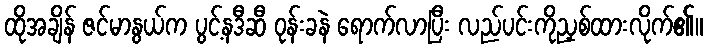
ထိုအချိန် ဇင်မာနွယ်က ပွင့်နဒီဆီ ဝုန်းခနဲ ရောက်လာပြီး လည်ပင်းကိုညှစ်ထားလိုက်၏။